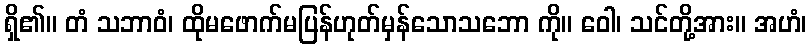
ရှိ၏။ တံ သဘာဝံ၊ ထိုမဖောက်မပြန်ဟုတ်မှန်သောသဘော ကို။ ဝေါ၊ သင်တို့အား။ အဟံ၊